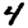
Digit: 4